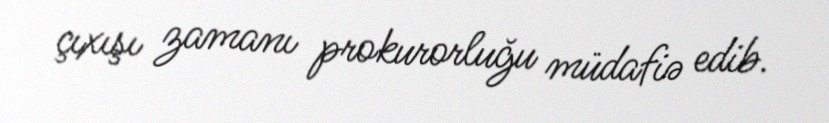
çıxışı zamanı prokurorluğu müdafiə edib.